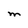
Character: M